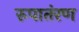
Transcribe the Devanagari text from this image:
रुपातंरण